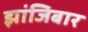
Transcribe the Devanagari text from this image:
झांजिबार